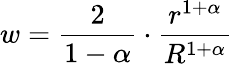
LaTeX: w=\frac{2}{1-\alpha}\cdot\frac{r^{1+\alpha}}{R^{1+\alpha}}